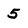
Character: 5